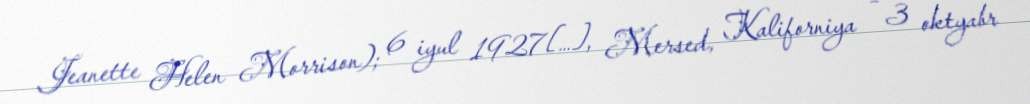
Jeanette Helen Morrison); 6 iyul 1927[…], Mersed, Kaliforniya – 3 oktyabr